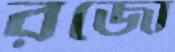
রজো